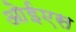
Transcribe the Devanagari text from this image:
ओईएस